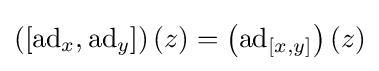
\left([\operatorname {ad} _{x},\operatorname {ad} _{y}]\right)(z)=\left(\operatorname {ad} _{[x,y]}\right)(z)